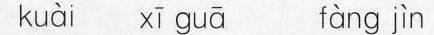
kuài xī guā fàng jìn